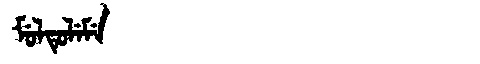
Manchu: ᠮᡠᠯᡨᡠᠯᡝᠮᡝ
Romanization: MULTULEME